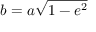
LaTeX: b = a { \sqrt { 1 - e ^ { 2 } } }